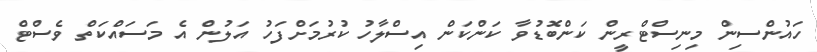
ހައުންސިން މިނިސްޓްރީން ކަންބޮޑުވާ ކަންކަން އިސްލާހު ކުރުމަށްފަހު އަލުން އެ މަސައްކަތް ވެސްޓް